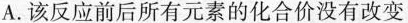
一定条件A.该反应前后所有元素的化合价没有改变